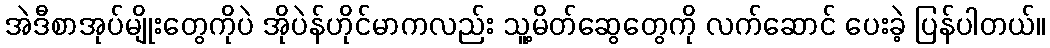
အဲဒီစာအုပ်မျိုးတွေကိုပဲ အိုပဲန်ဟိုင်မာကလည်း သူ့မိတ်ဆွေတွေကို လက်ဆောင် ပေးခဲ့ ပြန်ပါတယ်။